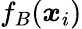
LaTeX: f_{B}(\boldsymbol{x}_{i})